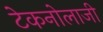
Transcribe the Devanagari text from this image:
टेकनोलाजी